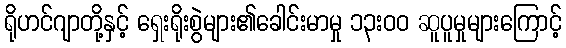
ရိုဟင်ဂျာတို့နှင့် ရှေးရိုးစွဲများ၏ခေါင်းမာမှု ၁၃းဝဝ ဆူပူမှုများကြောင့်